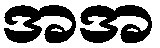
အအ